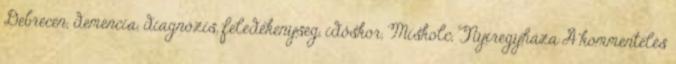
Debrecen, demencia, diagnózis, feledékenység, időskor, Miskolc, Nyíregyháza A kommentelés